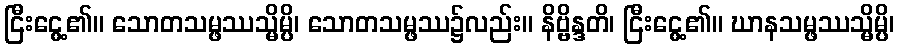
ငြီးငွေ့၏။ သောတသမ္ဖဿသ္မိမ္ပိ၊ သောတသမ္ဖဿ၌လည်း။ နိဗ္ဗိန္ဒတိ၊ ငြီးငွေ့၏။ ဃာနသမ္ဖဿသ္မိမ္ပိ၊